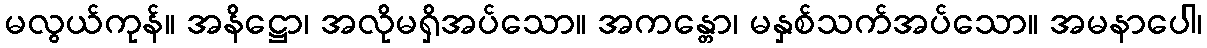
မလွယ်ကုန်။ အနိဋ္ဌော၊ အလိုမရှိအပ်သော။ အကန္တော၊ မနှစ်သက်အပ်သော။ အမနာပေါ၊